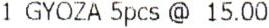
1 GYOZA 5PCS @ 15.00